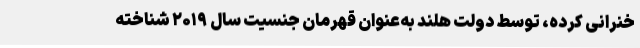
خنرانی کرده، توسط دولت هلند به‌عنوان قهرمان جنسیت سال ۲۰۱۹ شناخته‌